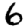
Digit: 6